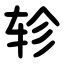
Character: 轸